Lunatic asylums Central Provinces reports 1874-1885 - 1874-1885
Year: 1874
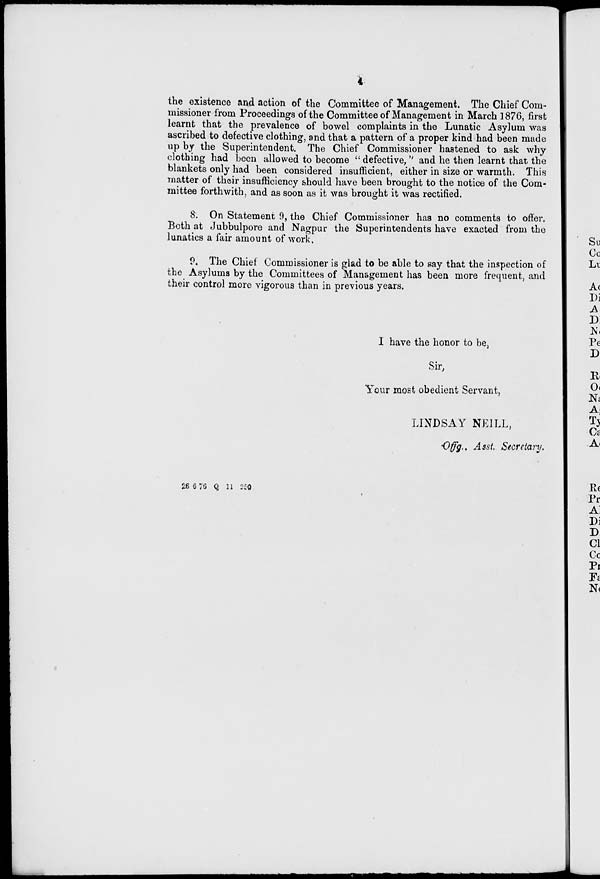
4
the existence and action of the Committee of Management. The Chief Com-
missioner from Proceedings of the Committee of Management in March 1876, first
learnt that the prevalence of bowel complaints in the Lunatic Asylum was
ascribed to defective clothing, and that a pattern of a proper kind had been made
up by the Superintendent. The Chief Commissioner hastened to ask why
clothing had been allowed to become " defective, " and he then learnt that the
blankets only had been considered insufficient, either in size or warmth. This
matter of their insufficiency should have been brought to the notice of the Com-
mittee forthwith, and as soon as it was brought it was rectified.
8. On Statement 9, the Chief Commissioner has no comments to offer.
Both at Jubbulpore and Nagpur the Superintendents have exacted from the
lunatics a fair amount of work,
9. The Chief Commissioner is glad to be able to say that the inspection of
the Asylums by the Committees of Management has been more frequent, and
their control more vigorous than in previous years.
I have the honor to be,
Sir,
Your most obedient Servant,
LINDSAY NELL,
Offg.. Asst. Secretary.
26 6 76 Q 11 250